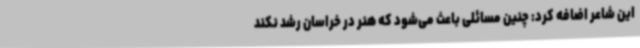
این شاعر اضافه کرد: چنین مسائلی باعث می‌شود که هنر در خراسان رشد نکند